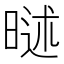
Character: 𣉐